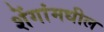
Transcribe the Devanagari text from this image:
शेंगांमधील